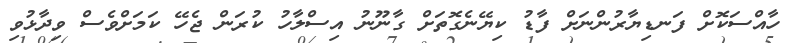
ހާއްސަކޮށް ފަނޑިޔާރުންނަށް ފާޑު ކިޔޭނެގޮތަށް ގާނޫނު އިސްލާހު ކުރަން ޖެހޭ ކަމަށްވެސް ވިދާޅުވި